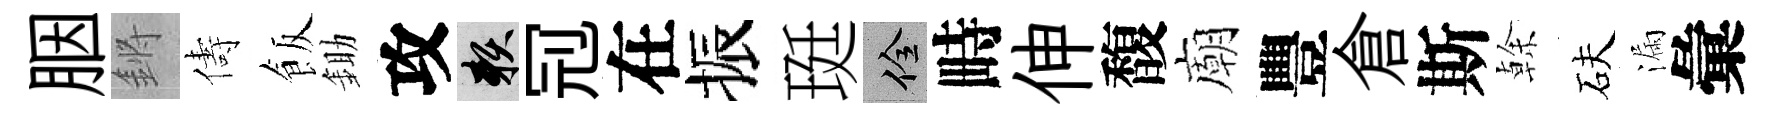
胭鏘儔飯鋤攻賴𠜍在振珽佺畤伸馥廟豐倉斯𠏉砆漏彙